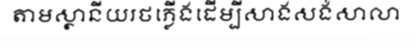
តាមស្ថានីយរថភ្លើងដើម្បីសាងសង់សាលា